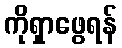
ကိုရှာဖွေရန်